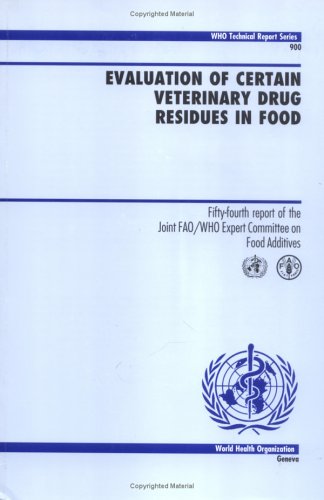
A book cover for Evaluation of Certain Veterinary Drug Residues in Food: 54th Report of the Joint FAO/WHO Expert Committee on Food Additives (WHO Technical Report Series); World Health Organization; Health, Fitness & Dieting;